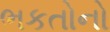
ભકતોનો